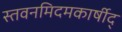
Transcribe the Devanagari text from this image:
स्तवनमिदमकार्षीद्